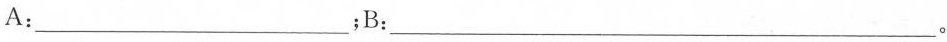
A：___；B：___。